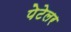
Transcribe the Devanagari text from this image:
पेटेलर